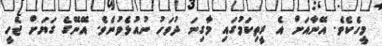
މީހެކެވެ. އޭނާއަށް އެ ރީތިކަމުގައި މާގިނަ ދުވަހު ނުއުޅެވުނެވެ. އޭނޭގެ ގަޔަށް ޖެހީ